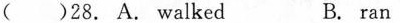
( )28. A. Walked B. ran